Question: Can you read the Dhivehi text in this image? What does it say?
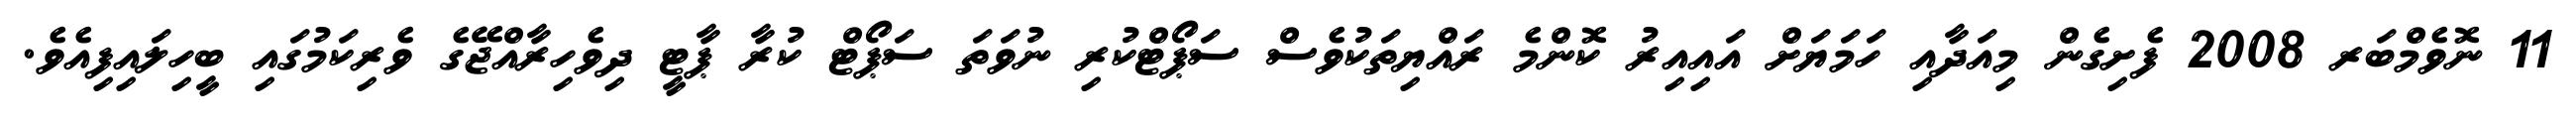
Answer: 11 ނޮވެމްބަރ 2008 ފެށިގެން މިއަދާއި ހަމަޔަށް އައިއިރު ކޮންމެ ރައްޔިތަކުވެސް ސަޕޯޓްކުރި ނުވަތަ ސަޕޯޓް ކުރާ ޕާޓީ ދިވެހިރާއްޖޭގެ ވެރިކަމުގައި ބީހިލައިފިއެވެ.